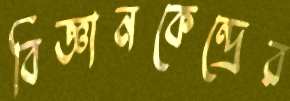
বিজ্ঞানকেন্দ্রের